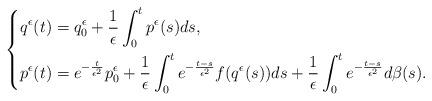
LaTeX: \begin{align*}\left\lbrace\begin{aligned}q^\epsilon(t)&=q_0^\epsilon+\frac{1}{\epsilon}\int_{0}^{t}p^\epsilon(s)ds,\\p^\epsilon(t)&=e^{-\frac{t}{\epsilon^2}}p_0^\epsilon+\frac{1}{\epsilon}\int_{0}^{t}e^{-\frac{t-s}{\epsilon^2}}f(q^\epsilon(s))ds+\frac{1}{\epsilon}\int_{0}^{t}e^{-\frac{t-s}{\epsilon^2}}d\beta(s).\end{aligned}\right.\end{align*}